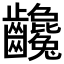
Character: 𪚃